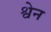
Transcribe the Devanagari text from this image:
श्वेन